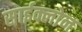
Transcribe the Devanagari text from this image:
साईक्लोन